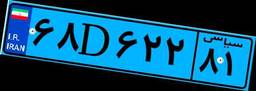
۶۸D۶۲۲۸۱